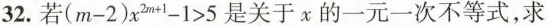
32.若$$( m - 2 ) x _ { 2 m + 1 } > 5$$是关于x的一元一次不等式，求